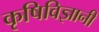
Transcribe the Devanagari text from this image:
कृषिविज्ञानी